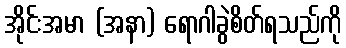
အိုင်းအမာ (အနာ) ရောဂါခွဲစိတ်ရသည်ကို